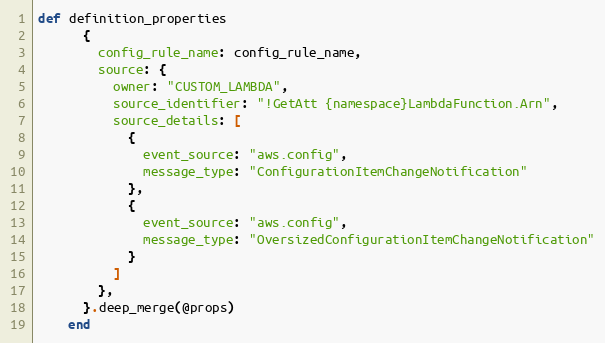
Language: Ruby
def definition_properties
      {
        config_rule_name: config_rule_name,
        source: {
          owner: "CUSTOM_LAMBDA",
          source_identifier: "!GetAtt {namespace}LambdaFunction.Arn",
          source_details: [
            {
              event_source: "aws.config",
              message_type: "ConfigurationItemChangeNotification"
            },
            {
              event_source: "aws.config",
              message_type: "OversizedConfigurationItemChangeNotification"
            }
          ]
        },
      }.deep_merge(@props)
    end